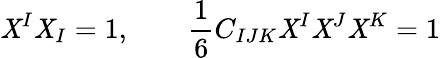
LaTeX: \mathit{X}^{I}\mathit{X}_{I}=1,\qquad{\frac{{1}}{{6}}}C_{IJK}\mathit{X}^{I}\mathit{X}^{J}\mathit{X}^{K}=1